Proceedings of the meeting of veterinary officers in India
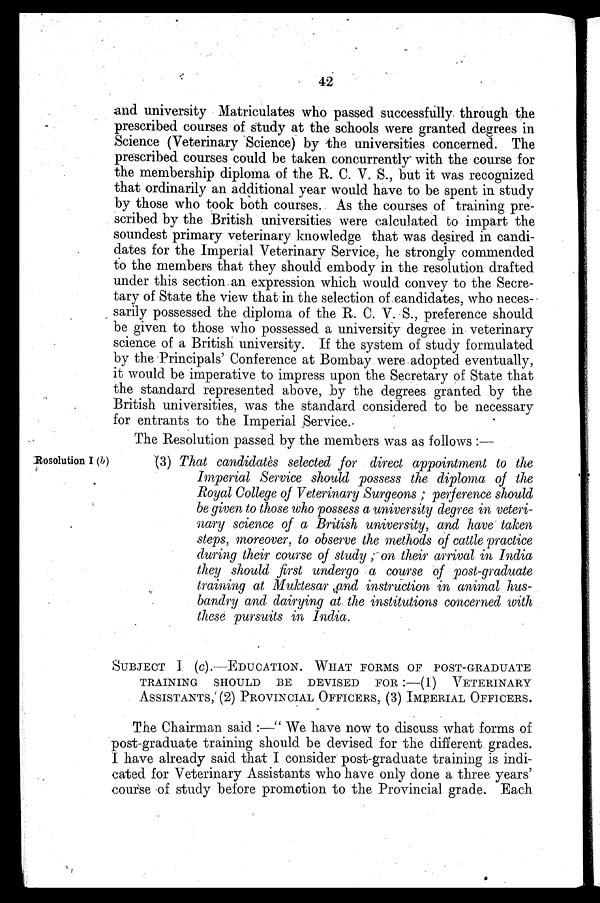
42
and university Matriculates who passed successfully through the
prescribed courses of study at the schools were granted degrees in
Science (Veterinary Science) by the universities concerned. The
prescribed courses could be taken concurrently with the course for
the membership diploma of the R. C. V. S., but it was recognized
that ordinarily an additional year would have to be spent in study
by those who took both courses. As the courses of training pre-
scribed by the British universities were calculated to impart the
soundest primary veterinary knowledge that was desired in candi-
dates for the Imperial Veterinary Service, he strongly commended
to the members that they should embody in the resolution drafted
under this section an expression which would convey to the Secre-
tary of State the view that in the selection of candidates, who neces-
sarily possessed the diploma of the R. C. V. S., preference should
be given to those who possessed a university degree in veterinary
science of a British university. If the system of study formulated
by the Principals' Conference at Bombay were adopted eventually,
it would be imperative to impress upon the Secretary of State that
the standard represented above, by the degrees granted by the
British universities, was the standard considered to be necessary
for entrants to the Imperial Service.
The Resolution passed by the members was as follows:—
Rosolution I (b)
(3) That candidates selected for direct appointment to the
Imperial Service should possess the diploma of the
Royal College of Veterinary Surgeons; perference should
be given to those who possess a university degree in veteri-
nary science of a British university, and have taken
steps, moreover, to observe the methods of cattle practice
during their course of study, on their arrival in India
they should first undergo a course of post-graduate
training at Muktesar and instruction in animal hus-
bandry and dairying at the institutions concerned with
these pursuits in India.
SUBJECT 1 (c).–EDUCATION. WHAT FORMS OF POST-GRADUATE
TRAINING SHOULD BE DEVISED FOR:–(1) VETERINARY
ASSISTANTS, (2) PROVINCIAL OFFICERS, (3) IMPERIAL OFFICERS.
The Chairman said:—"We have now to discuss what forms of
post-graduate training should be devised for the different grades.
I have already said that I consider post-graduate training is indi-
cated for Veterinary Assistants who have only done a three years'
course of study before promotion to the Provincial grade. Each